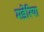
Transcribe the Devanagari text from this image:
मडेरिया